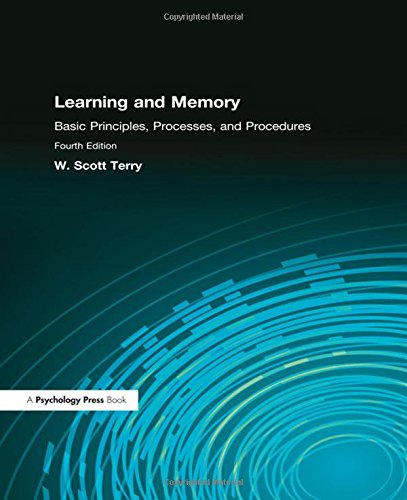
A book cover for Learning and Memory: Basic Principles, Processes, and Procedures; W. Scott Terry; Medical Books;